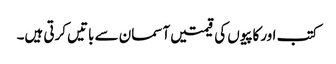
کتب اورکاپیوں کی قیمتیں آسمان سے باتیں کرتی ہیں۔